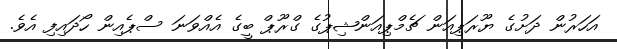
އަހަރުން ދަށުގެ ޔޫރަޕިއަން ޗެމްޕިއަންޝިޕުގެ ގްރޫޕް ބީގެ އެއްވަނަ ސްޕެއިން ހޯދައިފި އެވެ.